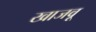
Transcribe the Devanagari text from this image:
खाजवू